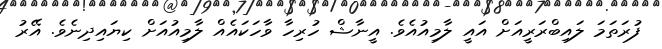
ފުރަތަމަ ލައިބްރަރީއަށް އައީ ލާމިއުއެވެ. އީނާޝް ހުރިހާ ވާހަކައެއް ލާމިއުއަށް ކިޔައިދިނެވެ. އޭރު